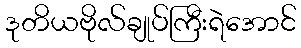
ဒုတိယဗိုလ်ချုပ်ကြီးရဲအောင်